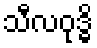
သီလဝုဒ္ဓိ